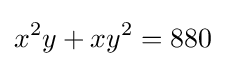
x^{2}y+xy^{2}=880